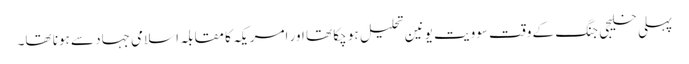
پہلی خلیجی جنگ کے وقت سوویت یونین تحلیل ہو چکا تھا اور امریکہ کا مقابلہ اسلامی جہاد سے ہونا تھا۔